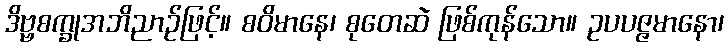
ဒိဗ္ဗစက္ခုအဘိညာဉ်ဖြင့်။ စဝိမာနေ၊ စုတေဆဲ ဖြစ်ကုန်သော။ ဥပပဇ္ဇမာနော၊